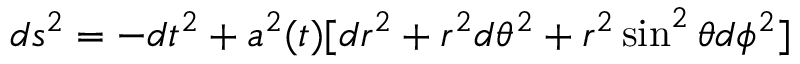
d s ^ { 2 } = - d t ^ { 2 } + a ^ { 2 } ( t ) [ d r ^ { 2 } + r ^ { 2 } d \theta ^ { 2 } + r ^ { 2 } \sin ^ { 2 } \theta d \phi ^ { 2 } ]